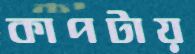
কাপটায়